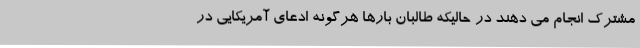
مشترک انجام می دهند در حالیکه طالبان بارها هرگونه ادعای آمریکایی در